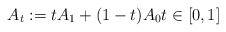
\begin{align*}A_t : = tA_1 + (1-t)A_0 t\in [0,1]\end{align*}